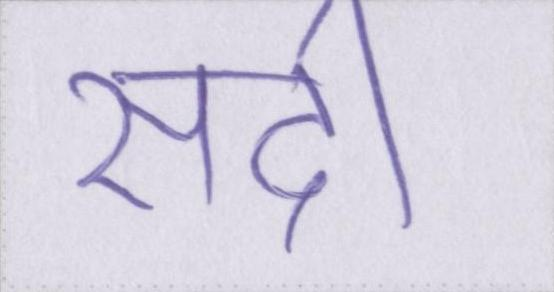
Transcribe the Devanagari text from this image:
सदी